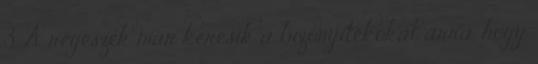
3. A régészek már keresik a bizonyítékokat arra, hogy